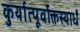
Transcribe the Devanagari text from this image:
कुर्यात्पूर्वोक्तस्यार्धं